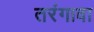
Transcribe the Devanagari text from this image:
तरंगावा